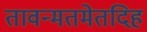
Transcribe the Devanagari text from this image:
तावन्मतमेतदिह